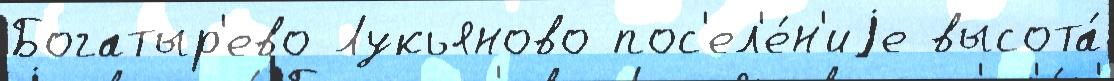
Богатыр'ево Лукьяново пос'ел'е́н'иjе высота́